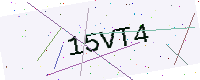
Text: 15VT4